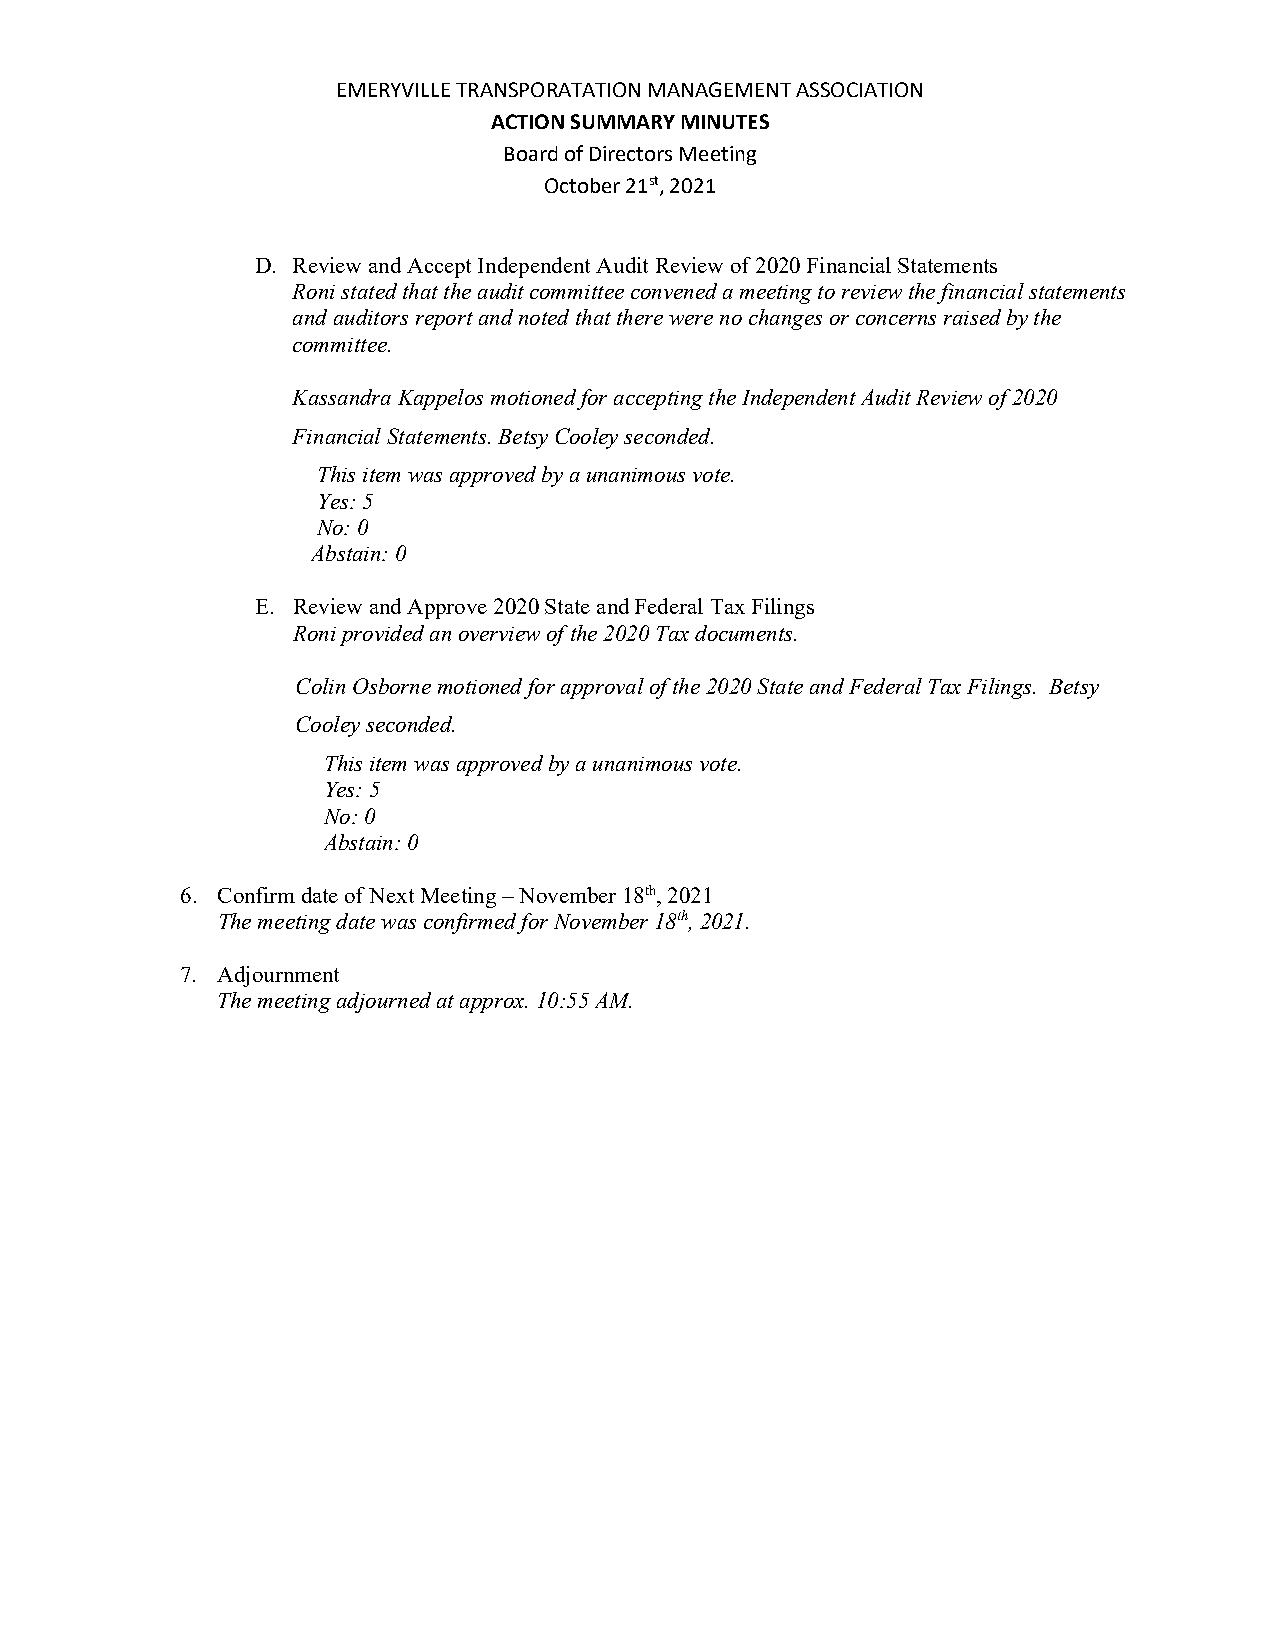
EMERYVILLE TRANSPORATATION MANAGEMENT ASSOCIATION
 ACTION SUMMARY MINUTES
 Board of Directors Meeting
 October 21st, 2021
 D. Review and Accept Independent Audit Review of 2020 Financial Statements
 Roni stated that the audit committee convened a meeting to review the financial statements
 and auditors report and noted that there were no changes or concerns raised by the
 committee.
 Kassandra Kappelos motioned for accepting the Independent Audit Review of 2020
 Financial Statements. Betsy Cooley seconded.
 This item was approved by a unanimous vote.
 Yes: 5
 No: 0
 Abstain: 0
 E. Review and Approve 2020 State and Federal Tax Filings
 Roni provided an overview of the 2020 Tax documents.
 Colin Osborne motioned for approval of the 2020 State and Federal Tax Filings. Betsy
 Cooley seconded.
 This item was approved by a unanimous vote.
 Yes: 5
 No: 0
 Abstain: 0
 6. Confirm date of Next Meeting – November 18th, 2021
 The meeting date was confirmed for November 18th, 2021.
 7. Adjournment
 The meeting adjourned at approx. 10:55 AM.